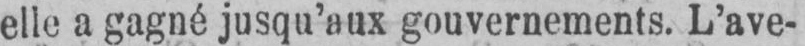
elle a gagné jusqu’aux gouvernements. L’ave-